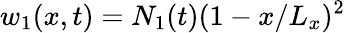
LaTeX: w_{1}(x,t)=N_{1}(t)(1-x/L_{x})^{2}